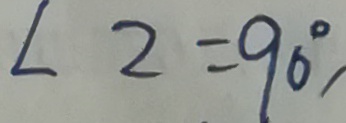
\angle 2 = 9 0 ^ { \circ } /